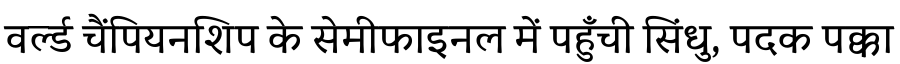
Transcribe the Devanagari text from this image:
वर्ल्ड चैंपियनशिप के सेमीफाइनल में पहुँची सिंधु, पदक पक्का